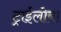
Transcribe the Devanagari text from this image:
ट्राईलोबा